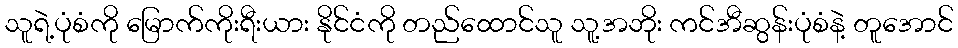
သူရဲ့ပုံစံကို မြောက်ကိုးရီးယား နိုင်ငံကို တည်ထောင်သူ သူ့အဘိုး ကင်အီဆွန်းပုံစံနဲ့ တူအောင်